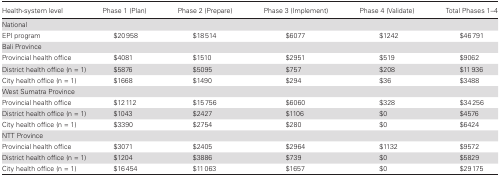
<table><thead><tr><td><b>Health-system level</b></td><td><b>Phase 1 (Plan)</b></td><td><b>Phase 2 (Prepare)</b></td><td><b>Phase 3 (Implement)</b></td><td><b>Phase 4 (Validate)</b></td><td><b>Total Phases 1–4</b></td></tr></thead><tbody><tr><td colspan="6">National</td></tr><tr><td>EPI program</td><td>$20958</td><td>$18514</td><td>$6077</td><td>$1242</td><td>$46791</td></tr><tr><td colspan="6">Bali Province</td></tr><tr><td>Provincial health office</td><td>$4081</td><td>$1510</td><td>$2951</td><td>$519</td><td>$9062</td></tr><tr><td>District health office (n = 1)</td><td>$5876</td><td>$5095</td><td>$757</td><td>$208</td><td>$11936</td></tr><tr><td>City health office (n = 1)</td><td>$1668</td><td>$1490</td><td>$294</td><td>$36</td><td>$3488</td></tr><tr><td colspan="6">West Sumatra Province</td></tr><tr><td>Provincial health office</td><td>$12112</td><td>$15756</td><td>$6060</td><td>$328</td><td>$34256</td></tr><tr><td>District health office (n = 1)</td><td>$1043</td><td>$2427</td><td>$1106</td><td> $0</td><td>$4576</td></tr><tr><td>City health office (n = 1)</td><td>$3390</td><td>$2754</td><td>$280</td><td> $0</td><td>$6424</td></tr><tr><td colspan="6">NTT Province</td></tr><tr><td>Provincial health office</td><td>$3071</td><td>$2405</td><td>$2964</td><td>$1132</td><td>$9572</td></tr><tr><td>District health office (n = 1)</td><td>$1204</td><td>$3886</td><td>$739</td><td>$0</td><td>$5829</td></tr><tr><td>City health office (n = 1)</td><td>$16454</td><td>$11063</td><td>$1657</td><td>$0</td><td>$29175</td></tr></tbody></table>